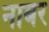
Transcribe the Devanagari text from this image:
नाबर